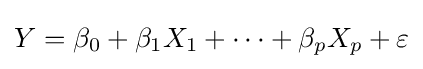
Y=\beta _{0}+\beta _{1}X_{1}+\cdots +\beta _{p}X_{p}+\varepsilon